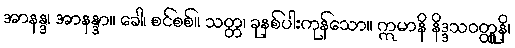
အာနန္ဒ၊ အာနန္ဒာ။ ခေါ၊ စင်စစ်။ သတ္တ၊ ခုနစ်ပါးကုန်သော။ ဣမာနိ နိဒ္ဒသဝတ္ထူနိ၊